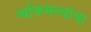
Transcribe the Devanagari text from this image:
व्यक्तिमत्त्वांचा